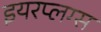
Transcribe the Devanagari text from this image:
इयरप्लग्स